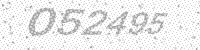
Solution: 052495